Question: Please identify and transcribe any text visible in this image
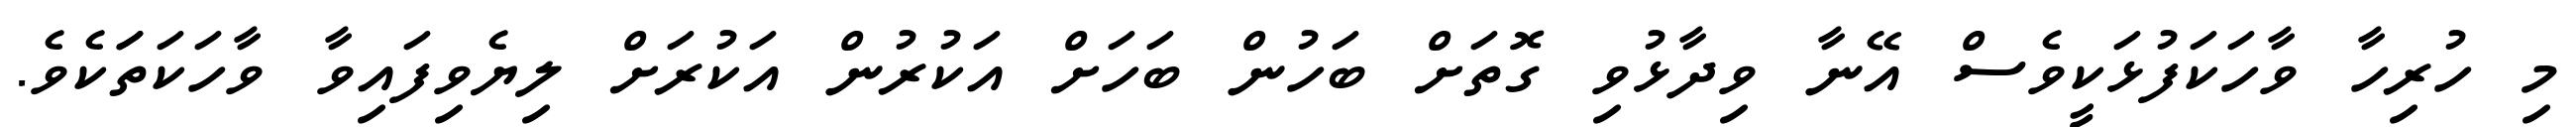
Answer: މި ހުރިހާ ވާހަކަފުޅަކީވެސް އޭނާ ވިދާޅުވި ގޮތަށް ބަހުން ބަހަށް އަކުރުން އަކުރަށް ލިޔެވިފައިވާ ވާހަކަތަަކެވެ.